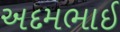
અદમભાઈ